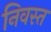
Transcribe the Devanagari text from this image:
निवस्त